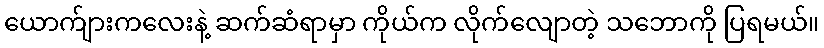
ယောက်ျားကလေးနဲ့ ဆက်ဆံရာမှာ ကိုယ်က လိုက်လျောတဲ့ သဘောကို ပြရမယ်။